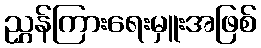
ညွှန်ကြားရေးမှူးအဖြစ်